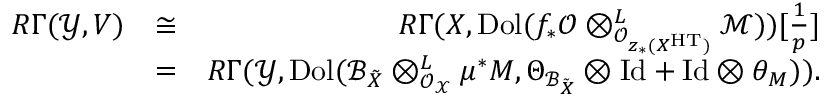
\begin{array} { r l r } { R \Gamma ( \mathcal { Y } , V ) } & { \cong } & { R \Gamma ( X , \mathrm { D o l } ( f _ { \ast } \mathcal { O } \otimes _ { \mathcal { O } _ { z _ { \ast } ( X ^ { \mathrm { H T } } ) } } ^ { L } \mathcal { M } ) ) [ \frac { 1 } { p } ] } \\ & { = } & { R \Gamma ( \mathcal { Y } , \mathrm { D o l } ( \mathcal { B } _ { \tilde { X } } \otimes _ { \mathcal { O } _ { \mathcal X } } ^ { L } \mu ^ { \ast } M , \Theta _ { \mathcal { B } _ { \tilde { X } } } \otimes \mathrm { I d } + \mathrm { I d } \otimes \theta _ { M } ) ) . } \end{array}